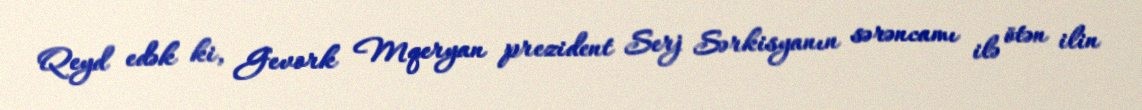
Qeyd edək ki, Gevork Mqeryan prezident Serj Sərkisyanın sərəncamı ilə ötən ilin